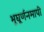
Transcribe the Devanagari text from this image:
भूघूर्णनमापी